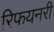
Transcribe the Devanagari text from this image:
रिफयनरी